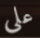
على